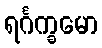
ရင်္ဂက္ခမော